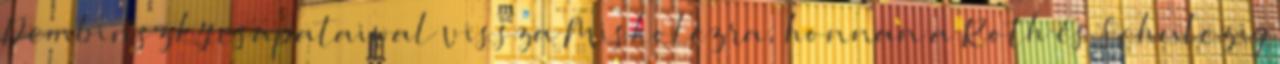
Dembinszky csapataival vissza Miskolczra, honnan a Roth és Schulczig